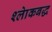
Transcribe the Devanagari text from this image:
श्लाेकबद्ध